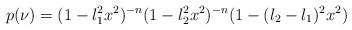
\begin{align*}p(\nu) = (1-l_1^2x^2)^{-n}(1-l_2^2x^2)^{-n}(1-(l_2-l_1)^2x^2)\end{align*}